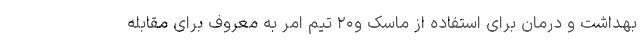
بهداشت و درمان برای استفاده از ماسک و۲۰ تیم امر به معروف برای مقابله